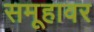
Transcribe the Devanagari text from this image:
समूहावर